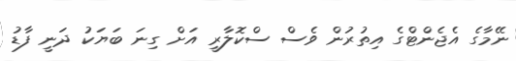
ނޭމާގެ އެޖެންޓްގެ އިތުރުން ވެސް ސްކޮލާރީ އަށް ގިނަ ބަޔަކު ދަނީ ފާޑު